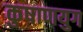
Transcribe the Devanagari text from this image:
कुषाणयुग